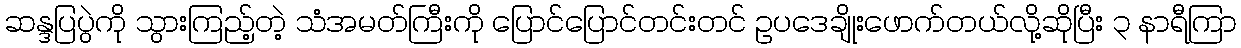
ဆန္ဒပြပွဲကို သွားကြည့်တဲ့ သံအမတ်ကြီးကို ပြောင်ပြောင်တင်းတင် ဥပဒေချိုးဖောက်တယ်လို့ဆိုပြီး ၃ နာရီကြာ